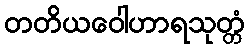
တတိယဝေါဟာရသုတ္တံ